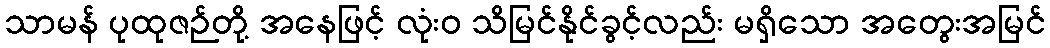
သာမန် ပုထုဇဉ်တို့ အနေဖြင့် လုံးဝ သိမြင်နိုင်ခွင့်လည်း မရှိသော အတွေးအမြင်